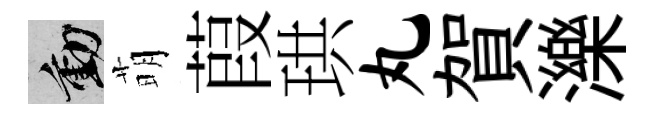
動萌葭珙丸賀濼